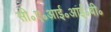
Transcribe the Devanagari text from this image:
सी॰ए॰आई॰आई॰बी॰